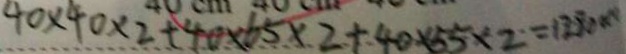
4 0 \times 4 0 \times 2 + 4 0 \times 6 5 \times 2 + 4 0 \times 5 5 \times 2 = 1 1 8 0 0 0